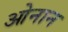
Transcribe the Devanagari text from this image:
ओनान